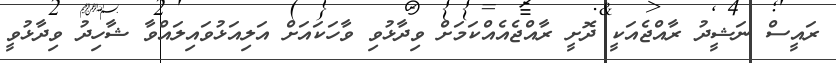
ރައީސް ނަޝީދު ރާއްޖެއަކީ ދޮށީ ރާއްޖެއެއްކަމަށް ވިދާޅުވި ވާހަކައަށް އަލިއަޅުވައިލައްވާ ޝާހިދު ވިދާޅުވީ